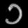
Digit: ၁